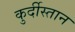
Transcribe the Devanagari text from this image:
कुर्दीस्तान